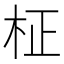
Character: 柾